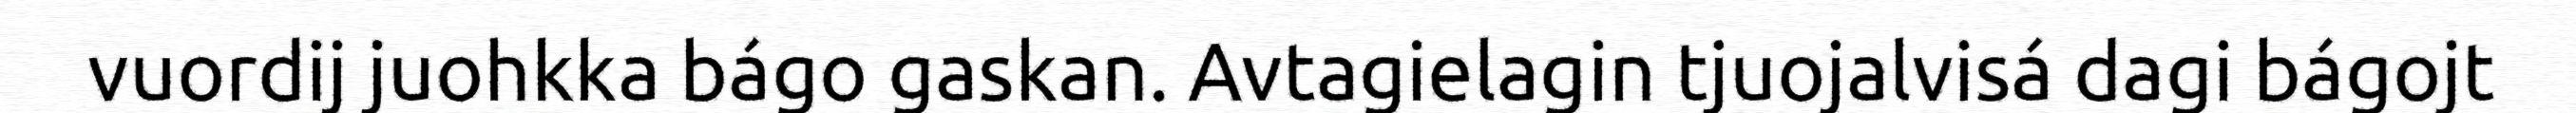
vuordij juohkka bágo gaskan. Avtagielagin tjuojalvisá dagi bágojt